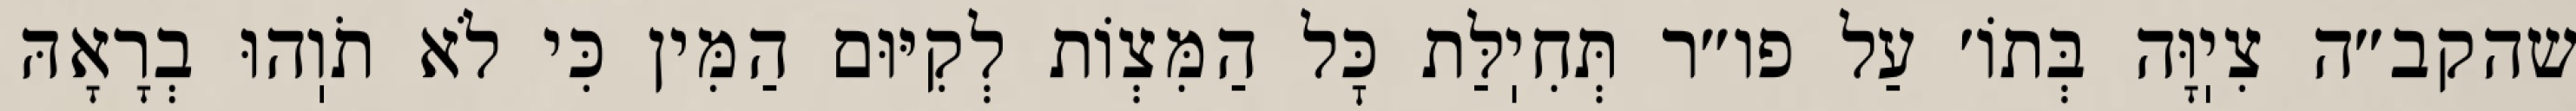
שהקב״ה צִיֽוָּה בְּתוֹ׳ עַל פו״ר תְּחִיֽלַּת כׇּל הַמִּצְוֹת לְקִיּוּם הַמִּין כִּי לֹא תֹוֽהוּ בְרָאָהּ